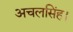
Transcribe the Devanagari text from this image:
अचलसिंह।